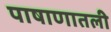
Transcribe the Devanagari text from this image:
पाषाणातली